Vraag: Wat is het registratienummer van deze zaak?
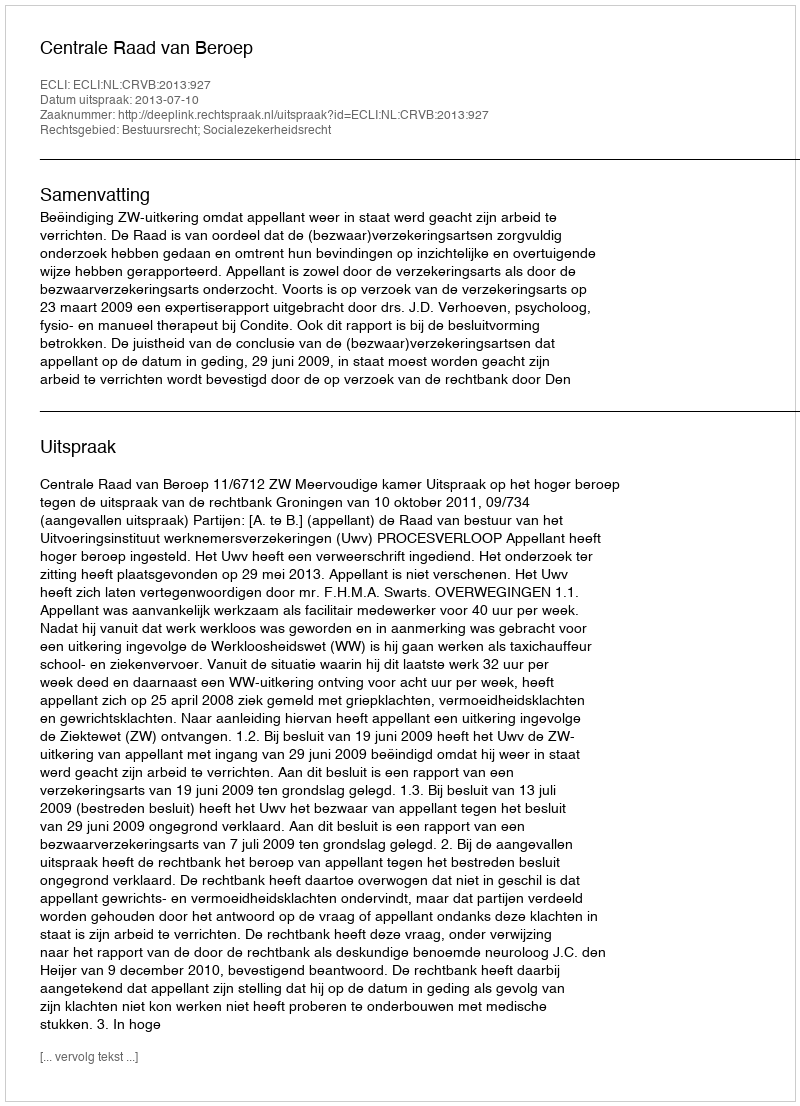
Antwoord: http://deeplink.rechtspraak.nl/uitspraak?id=ECLI:NL:CRVB:2013:927